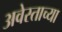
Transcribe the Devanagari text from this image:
अवेस्ताच्या